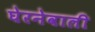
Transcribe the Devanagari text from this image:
घेरनेवाली